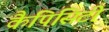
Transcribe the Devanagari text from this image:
कैपिसिटी